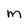
Character: m